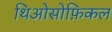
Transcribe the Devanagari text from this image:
थिओसोफ़िकल